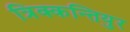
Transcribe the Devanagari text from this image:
त्रिक्कन्तियुर